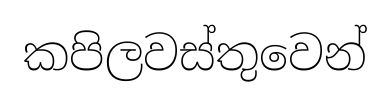
කපිලවස්තුවෙන්